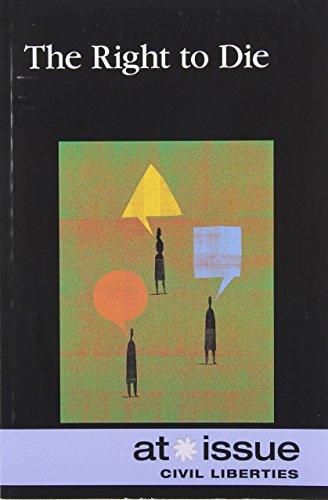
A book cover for The Right to Die (At Issue); Tamara Thompson; Teen & Young Adult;